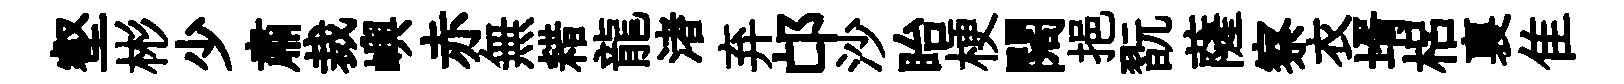
壑彬少肅裁嶼赤無耤龍渚弃邙沙眙梗闊挹翫薩察衣壻梠裏隹